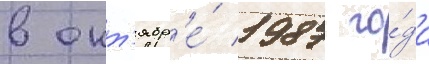
в окт'ябр'е́ 1987 го́да